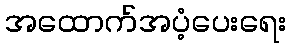
အထောက်အပံ့ပေးရေး